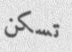
تسكن